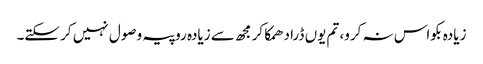
زیادہ بکواس نہ کرو، تم یوں ڈرا دھمکا کر مجھ سے زیادہ روپیہ وصول نہیں کر سکتے۔